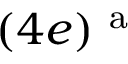
( 4 e ) ^ { \mathrm { ~ a ~ } }